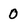
Character: 0